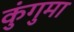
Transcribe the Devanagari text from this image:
कुंगुमा